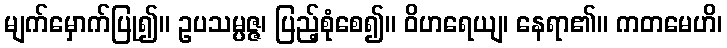
မျက်မှောက်ပြု၍။ ဥပသမ္ပဇ္ဇ၊ ပြည့်စုံစေ၍။ ဝိဟရေယျ၊ နေရာ၏။ ကတမေဟိ၊